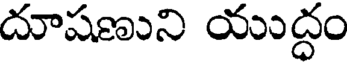
దూషణుని యుద్ధం